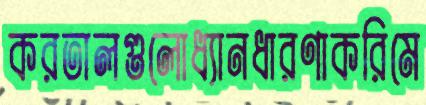
করতালগুলোধ্যানধারণাকরিমে